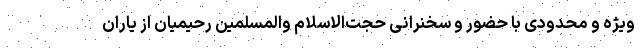
ویژه و محدودی با حضور و سخنرانی حجت‌الاسلام والمسلمین رحیمیان از یاران